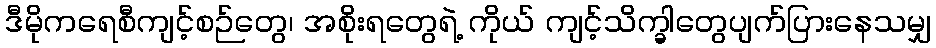
ဒီမိုကရေစီကျင့်စဉ်တွေ၊ အစိုးရတွေရဲ့ ကိုယ် ကျင့်သိက္ခါတွေပျက်ပြားနေသမျှ